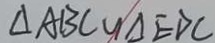
\Delta A B C \sim \Delta E D C